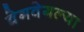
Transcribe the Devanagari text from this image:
वेगवेगल्या